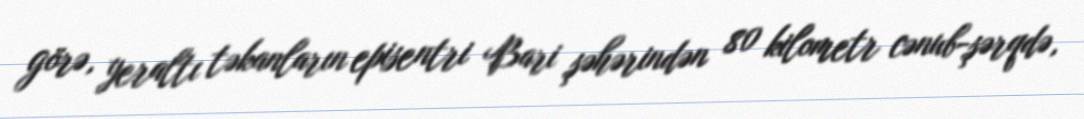
görə, yeraltı təkanların episentri Bari şəhərindən 80 kilometr cənub-şərqdə,